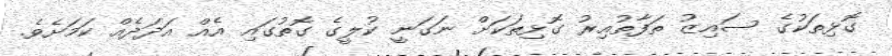
ގޮޅިތަކުގެ ސައިޒު ތަފާތުއިރު ގޮޅިތަކަށް ނަގަނީ ކުލީގެ ގޮތުގައި އެއް އަދަދެއް ކަމަށެވެ.